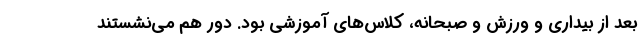
بعد از بیداری و ورزش و صبحانه، کلاس‌های آموزشی بود. دور هم می‌نشستند